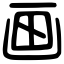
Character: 画